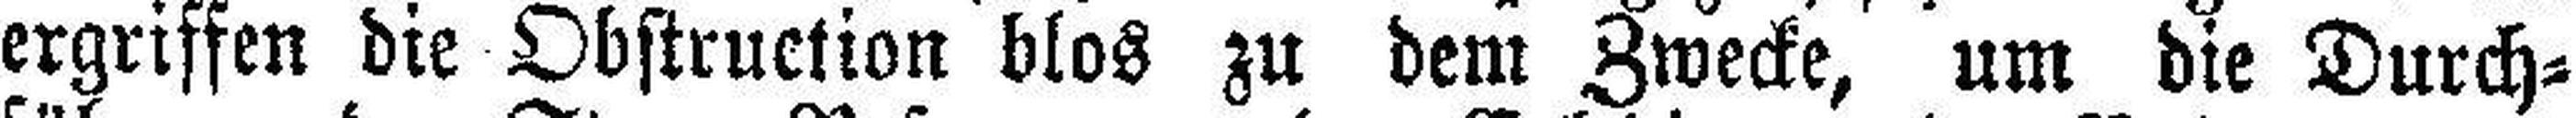
ergriffen die Obstruction blos zu dem Zwecke, um die Durch¬